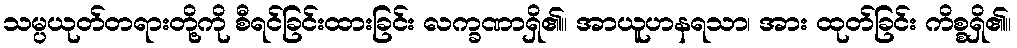
သမ္ပယုတ်တရားတို့ကို စီရင်ခြင်းထားခြင်း လက္ခဏာရှိ၏။ အာယူဟနရသာ၊ အား ထုတ်ခြင်း ကိစ္စရှိ၏။